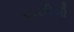
પારડીથી